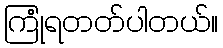
ကြုံရတတ်ပါတယ်။